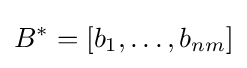
B^{*}=[b_{1},\ldots ,b_{nm}]